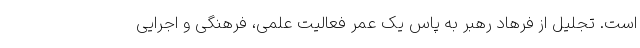
است. تجلیل از فرهاد رهبر به پاس یک عمر فعالیت علمی، فرهنگی و اجرایی